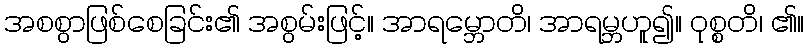
အစစွာဖြစ်စေခြင်း၏ အစွမ်းဖြင့်။ အာရမ္ဘောတိ၊ အာရမ္ဘဟူ၍။ ဝုစ္စတိ၊ ၏။